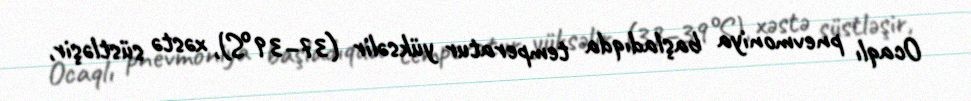
Ocaqlı pnevmoniya başladıqda temperatur yüksəlir (37–39°S), xəstə süstləşir,